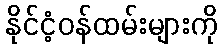
နိုင်ငံ့ဝန်ထမ်းများကို